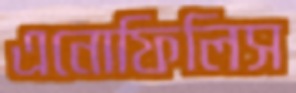
এনোফিলিস